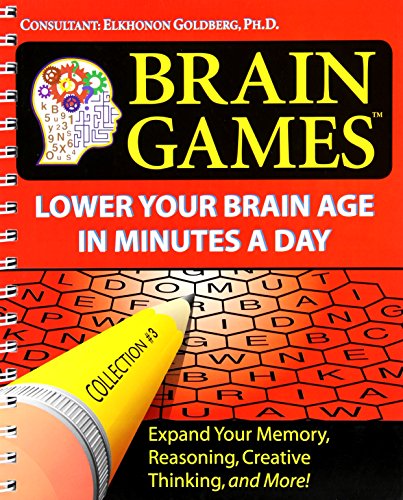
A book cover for Brain Games #3: Lower Your Brain Age in Minutes a Day (Brain Games (Numbered)); Publications International Staff; Humor & Entertainment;